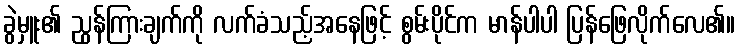
ခွဲမှူး၏ ညွန်ကြားချက်ကို လက်ခံသည့်အနေဖြင့် စွမ်းပိုင်က မာန်ပါပါ ပြန်ဖြေလိုက်လေ၏။